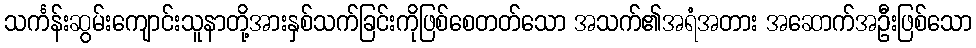
သင်္ကန်းဆွမ်းကျောင်းသူနာတို့အားနှစ်သက်ခြင်းကိုဖြစ်စေတတ်သော အသက်၏အရံအတား အဆောက်အဦးဖြစ်သော